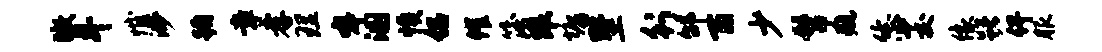
瞰斗憾渺蹰章孝理嗥溷愤侣催簿眼墉墅行邰百少髫疵恁茭像躇俾服